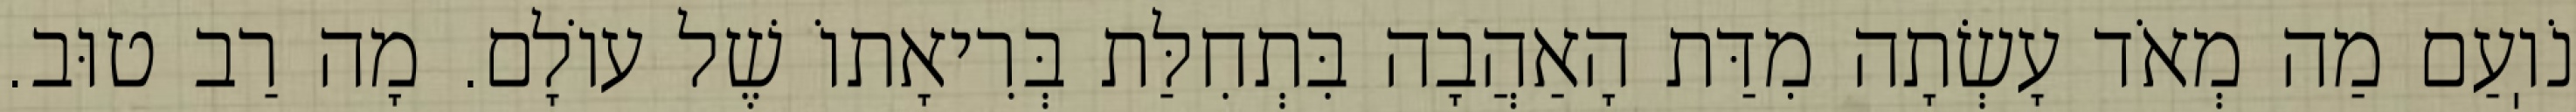
נֹוֽעַם מַה מְאֹד עָשְׂתָה מִדַּת הָאַהֲבָה בִּתְחִלַּת בְּרִיאָתוֹ שֶׁל עוֹלָם. מָה רַב טוּב.